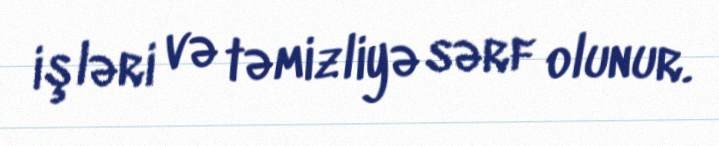
işləri və təmizliyə sərf olunur.